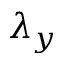
\lambda _ { y }